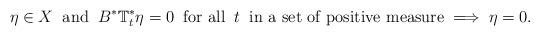
LaTeX: \begin{align*}\eta\in X\;\;\mbox{\rm and}\;\;B^*\mathbb{T}_t^* \eta=0\;\;\mbox{\rm for all}\;\;t\;\;\mbox{\rm in a set of positive measure}\;\Longrightarrow \;\eta=0.\end{align*}